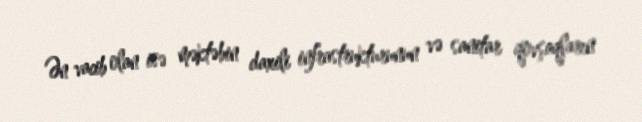
Ən vacib olan isə məktəbin daxili infrastrukturunun və sanitar qovşaqların